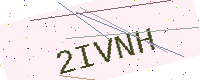
Text: 2IVNH